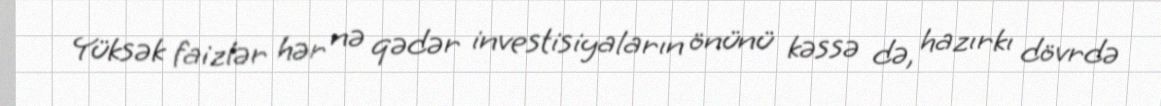
Yüksək faizlər hər nə qədər investisiyaların önünü kəssə də, hazırkı dövrdə